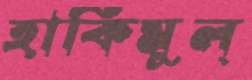
হাকিমুল্